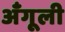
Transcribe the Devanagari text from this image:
अँगूली